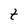
Character: t